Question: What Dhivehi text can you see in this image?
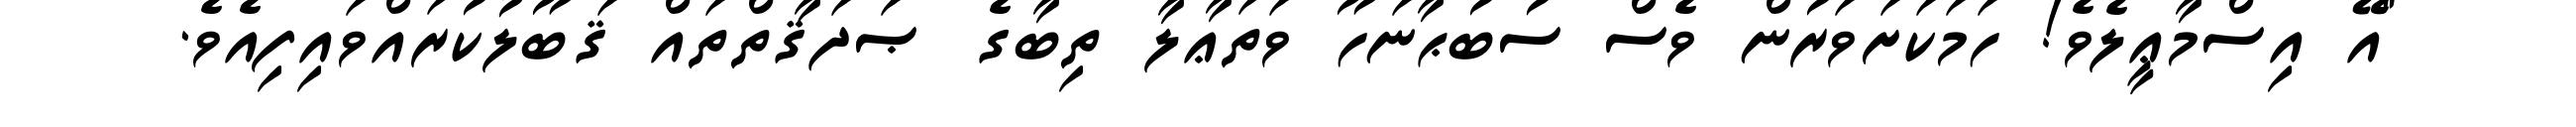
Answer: "އޭ އިސްމާޢީލެވެ! ހަމަކަށަވަރުން ވެސް ސުބުޙާނަހޫ ވަތަޢާލާ ތިބާގެ ޞަދަޤާތްތައް ޤަބޫލުކުރައްވައިފިއެވެ.